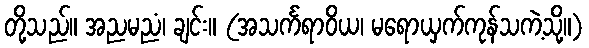
တို့သည်။ အညမညံ၊ ချင်း။ (အသင်္ကရာဝိယ၊ မရောယှက်ကုန်သကဲ့သို့။)